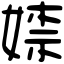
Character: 𡞫